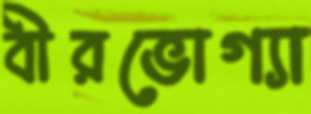
বীরভোগ্যা